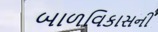
બાળવિકાસની